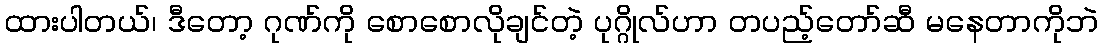
ထားပါတယ်၊ ဒီတော့ ဂုဏ်ကို စောစောလိုချင်တဲ့ ပုဂ္ဂိုလ်ဟာ တပည့်တော်ဆီ မနေတာကိုဘဲ